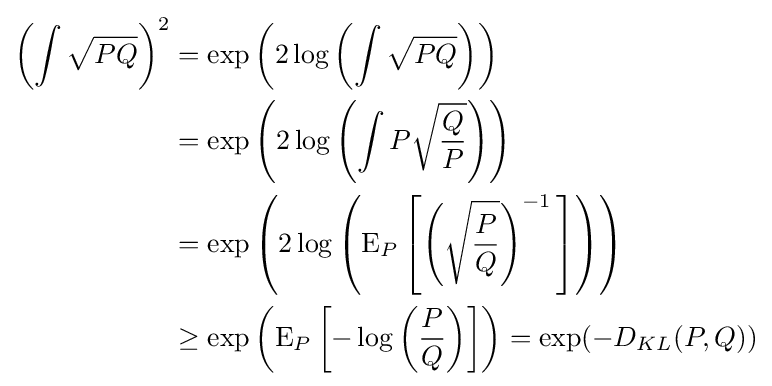
{\begin{aligned}\left(\int {\sqrt {PQ}}\right)^{2}&=\exp \left(2\log \left(\int {\sqrt {PQ}}\right)\right)\\&=\exp \left(2\log \left(\int P{\sqrt {\frac {Q}{P}}}\right)\right)\\&=\exp \left(2\log \left(\operatorname {E} _{P}\left[\left({\sqrt {\frac {P}{Q}}}\right)^{-1}\,\right]\right)\right)\\&\geq \exp \left(\operatorname {E} _{P}\left[-\log \left({\frac {P}{Q}}\right)\right]\right)=\exp(-D_{KL}(P,Q))\end{aligned}}